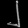
Digit: ၂